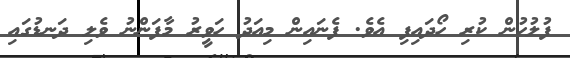
ފުލުހުން ކުރި ހޯދައިފި އެވެ. ފެނައިން މިއަދު ހަވީރު މާފަންނު ވެލި ދަނޑުގައި